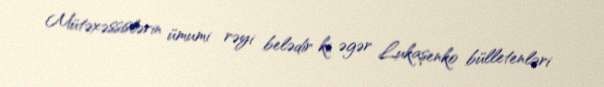
Mütəxəssislərin ümumi rəyi belədir ki, əgər Lukaşenko bülletenləri